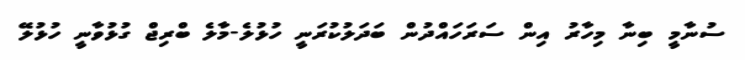
ސުނާމީ ބިނާ މިހާރު އިން ސަރަހައްދުން ބަދަލުކުރަނީ ހުޅުލެ-މާލެ ބްރިޖް ގުޅުވާނީ ހުޅުލޭ